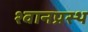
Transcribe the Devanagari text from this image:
श्वानप्रस्थ